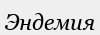
Эндемия